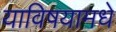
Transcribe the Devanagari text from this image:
याविषयामधे